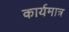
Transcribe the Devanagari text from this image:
कार्यमात्र